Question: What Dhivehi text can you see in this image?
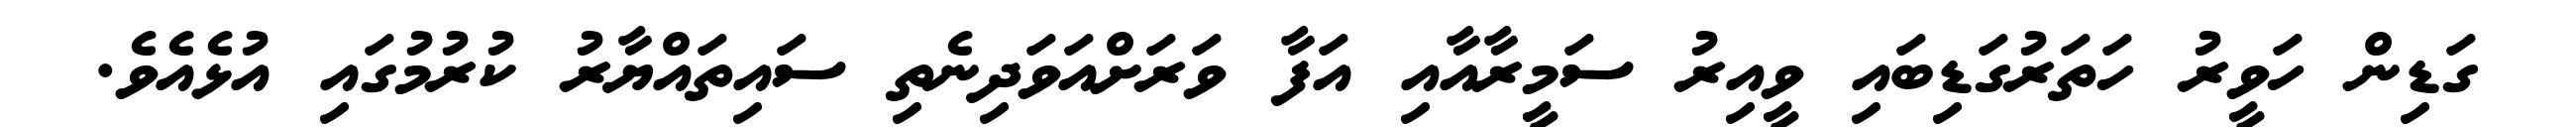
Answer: ގަޑިން ހަވީރު ހަތަރުގަޑިބައި ވީއިރު ސަމީރާއާއި އަފާ ވަރަށްއަވަދިނެތި ސައިތައްޔާރު ކުރުމުގައި އުޅެއެވެ.